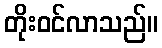
တိုးဝင်လာသည်။